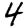
Digit: 4